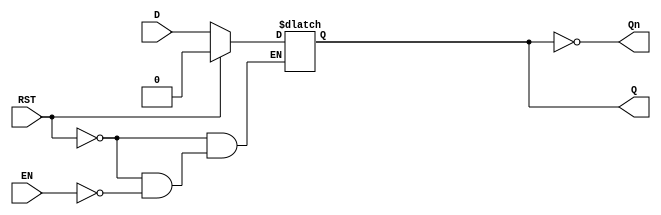
module latch_register (
    input wire D,        // Data input
    input wire EN,       // Enable signal
    input wire RST,      // Optional reset signal (active high)
    output reg Q,        // Data output
    output wire Qn       // Complement output
);

    // Generate the complement output
    assign Qn = ~Q;

    // Latch functionality
    always @* begin
        if (RST) begin
            Q = 1'b0;    // Clear the output if reset is high
        end else if (EN) begin
            Q = D;       // Capture data on enable
        end
        // If EN is low, Q retains its current state
    end

endmodule